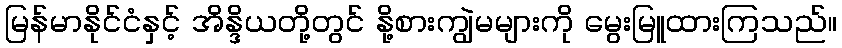
မြန်မာနိုင်ငံနှင့် အိန္ဒိယတို့တွင် နို့စားကျွဲမများကို မွေးမြူထားကြသည်။